Scientific memoirs by medical officers of the Army of India - Part VI,
Year: 1891
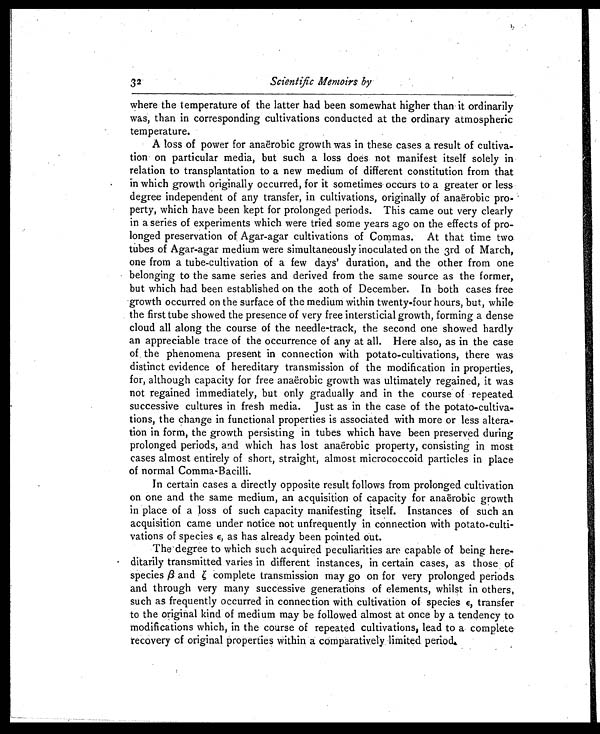
Scientific Memoirs by
where the temperature of the latter had been somewhat higher than it ordinarily
was, than in corresponding cultivations conducted at the ordinary atmospheric
temperature.
A loss of power for anaerobic growth was in these cases a result of cultiva-
tion on particular media, but such a loss does not manifest itself solely in
relation to transplantation to a new medium of different constitution from that
in which growth originally occurred, for it sometimes occurs to a greater or less
degree independent of any transfer, in cultivations, originally of anaerobic pro-
perty, which have been kept for prolonged periods. This came out very clearly
in a series of experiments which were tried some years ago on the effects of pro-
longed preservation of Agar-agar cultivations of Commas. At that time two
tubes of Agar-agar medium were simultaneously inoculated on the 3rd of March,
one from a tube-cultivation of a few days' duration, and the other from one
belonging to the same series and derived from the same source as the former,
but which had been established on the loth of December. In both cases free
growth occurred on the surface of the medium within twenty-four hours, but, while
the first tube showed the presence of very free intersticial growth, forming a dense
cloud all along the course of the needle-track, the second one showed hardly
an appreciable trace of the occurrence of any at all. Here also, as in the case
of, the phenomena present in connection with potato-cultivations, there was
distinct evidence of hereditary transmission of the modification in properties,
for, although capacity for free anaerobic growth was ultimately regained, it was
not regained immediately, but only gradually and in the course of repeated.
successive cultures in fresh media. Just as in the case of the potato-cultiva-
tions, the change in functional properties is associated with more or less altera
- t i o n i n f o r m , t h e g r o w t h p e r s i s t i n g i n t u b e s w h i c h h a v e b e e n p r e s e r v e d d u r i n g
prolonged periods, and which has lost anaërobic property, consisting in most
cases almost entirely of short, straight, almost micrococcoid particles in place
of normal Comma-Bacilli.
In certain cases a directly opposite result follows from prolonged cultivation
on one and the same medium, an acquisition of capacity for anaerobic growth
in place of a loss of such capacity manifesting itself. Instances of such an
acquisition came under notice not unfrequently in connection with potato-culti-
vations of species ε, as has already been pointed out.
The degree to which such acquired peculiarities are capable of being here-
ditarily transmitted varies in different instances, in certain cases, as those of
speciesβ andζ c o m p l e t e t r a n s m i s s i o n m a y g o o n f o r v e r y p r o l o n g e d p e r i o d s
and through very many successive generations of elements, whilst in others,
such as frequently occurred in connection with cultivation of species e, transfer
to the original kind of medium may be followed almost at once by a tendency to.
modifications which, in the course of repeated cultivations, lead to a complete
recovery of original properties within a comparatively, limited period,
32